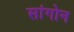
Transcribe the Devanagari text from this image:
सांगोन